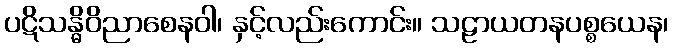
ပဋိသန္ဓိဝိညာစေနဝါ၊ နှင့်လည်းကောင်း။ သဠာယတနပစ္စယေန၊